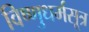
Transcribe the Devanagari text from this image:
विष्णुधर्मसूत्र